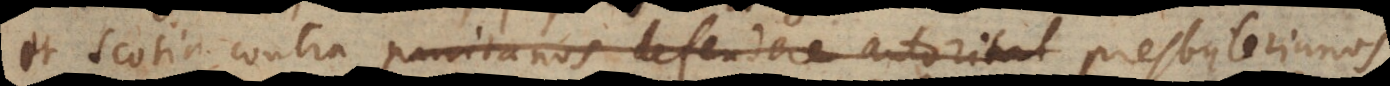
et Scotia contra puritanos defendere autoritat presbyterianos